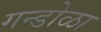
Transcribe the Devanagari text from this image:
गन्डोळा